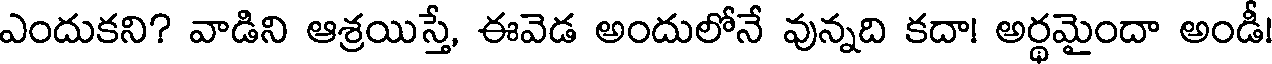
ఎందుకని? వాడిని ఆశ్రయిస్తే, ఈవెడ అందులోనే వున్నది కదా! అర్థమైందా అండీ